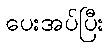
ပေးအပ်ပြီး